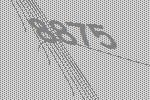
8875